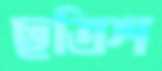
ছত্রিশ